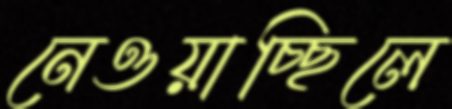
নেওয়াচ্ছিলে